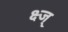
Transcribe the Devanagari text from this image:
क्ष्ज्